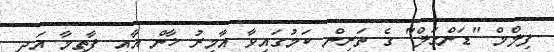
ފިލްމް "ޑަންގަލް" ގެ ތަރިން ކަމުގައިވާ އާމިރު ޚާން އާއި ފާތިމާ އަދި